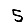
Digit: 5